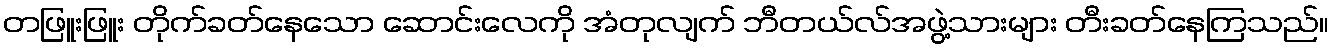
တဖြူးဖြူး တိုက်ခတ်နေသော ဆောင်းလေကို အံတုလျက် ဘီတယ်လ်အဖွဲ့သားများ တီးခတ်နေကြသည်။